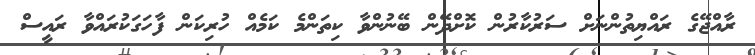
ރާއްޖޭގެ ރައްޔިތުންނަށް ސަރުކާރުން ކޮށްދޭން ބޭނުންވާ ކިތަންމެ ކަމެއް ހުރިކަން ފާހަގަކުރައްވާ ރައީސް